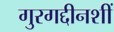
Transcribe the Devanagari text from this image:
गुरगद्दीनशीं